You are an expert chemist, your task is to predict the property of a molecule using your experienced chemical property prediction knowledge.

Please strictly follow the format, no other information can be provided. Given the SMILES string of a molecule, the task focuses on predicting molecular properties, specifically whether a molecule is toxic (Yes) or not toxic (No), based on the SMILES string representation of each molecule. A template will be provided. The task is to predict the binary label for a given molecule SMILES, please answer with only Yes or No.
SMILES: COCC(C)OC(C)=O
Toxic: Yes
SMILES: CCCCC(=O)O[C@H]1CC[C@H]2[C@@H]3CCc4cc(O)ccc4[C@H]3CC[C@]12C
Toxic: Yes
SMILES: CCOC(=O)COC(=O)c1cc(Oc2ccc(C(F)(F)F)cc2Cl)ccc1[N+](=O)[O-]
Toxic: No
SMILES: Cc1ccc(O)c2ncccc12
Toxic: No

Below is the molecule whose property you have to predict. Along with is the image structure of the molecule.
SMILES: CC1CC(C)C(=O)C1=O
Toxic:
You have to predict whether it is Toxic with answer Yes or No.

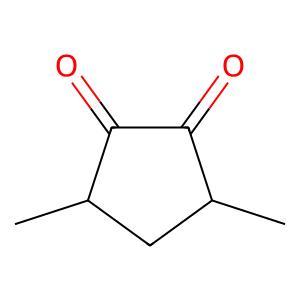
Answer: No